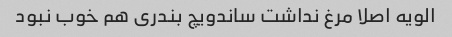
الویه اصلا مرغ نداشت ساندویچ بندری هم خوب نبود